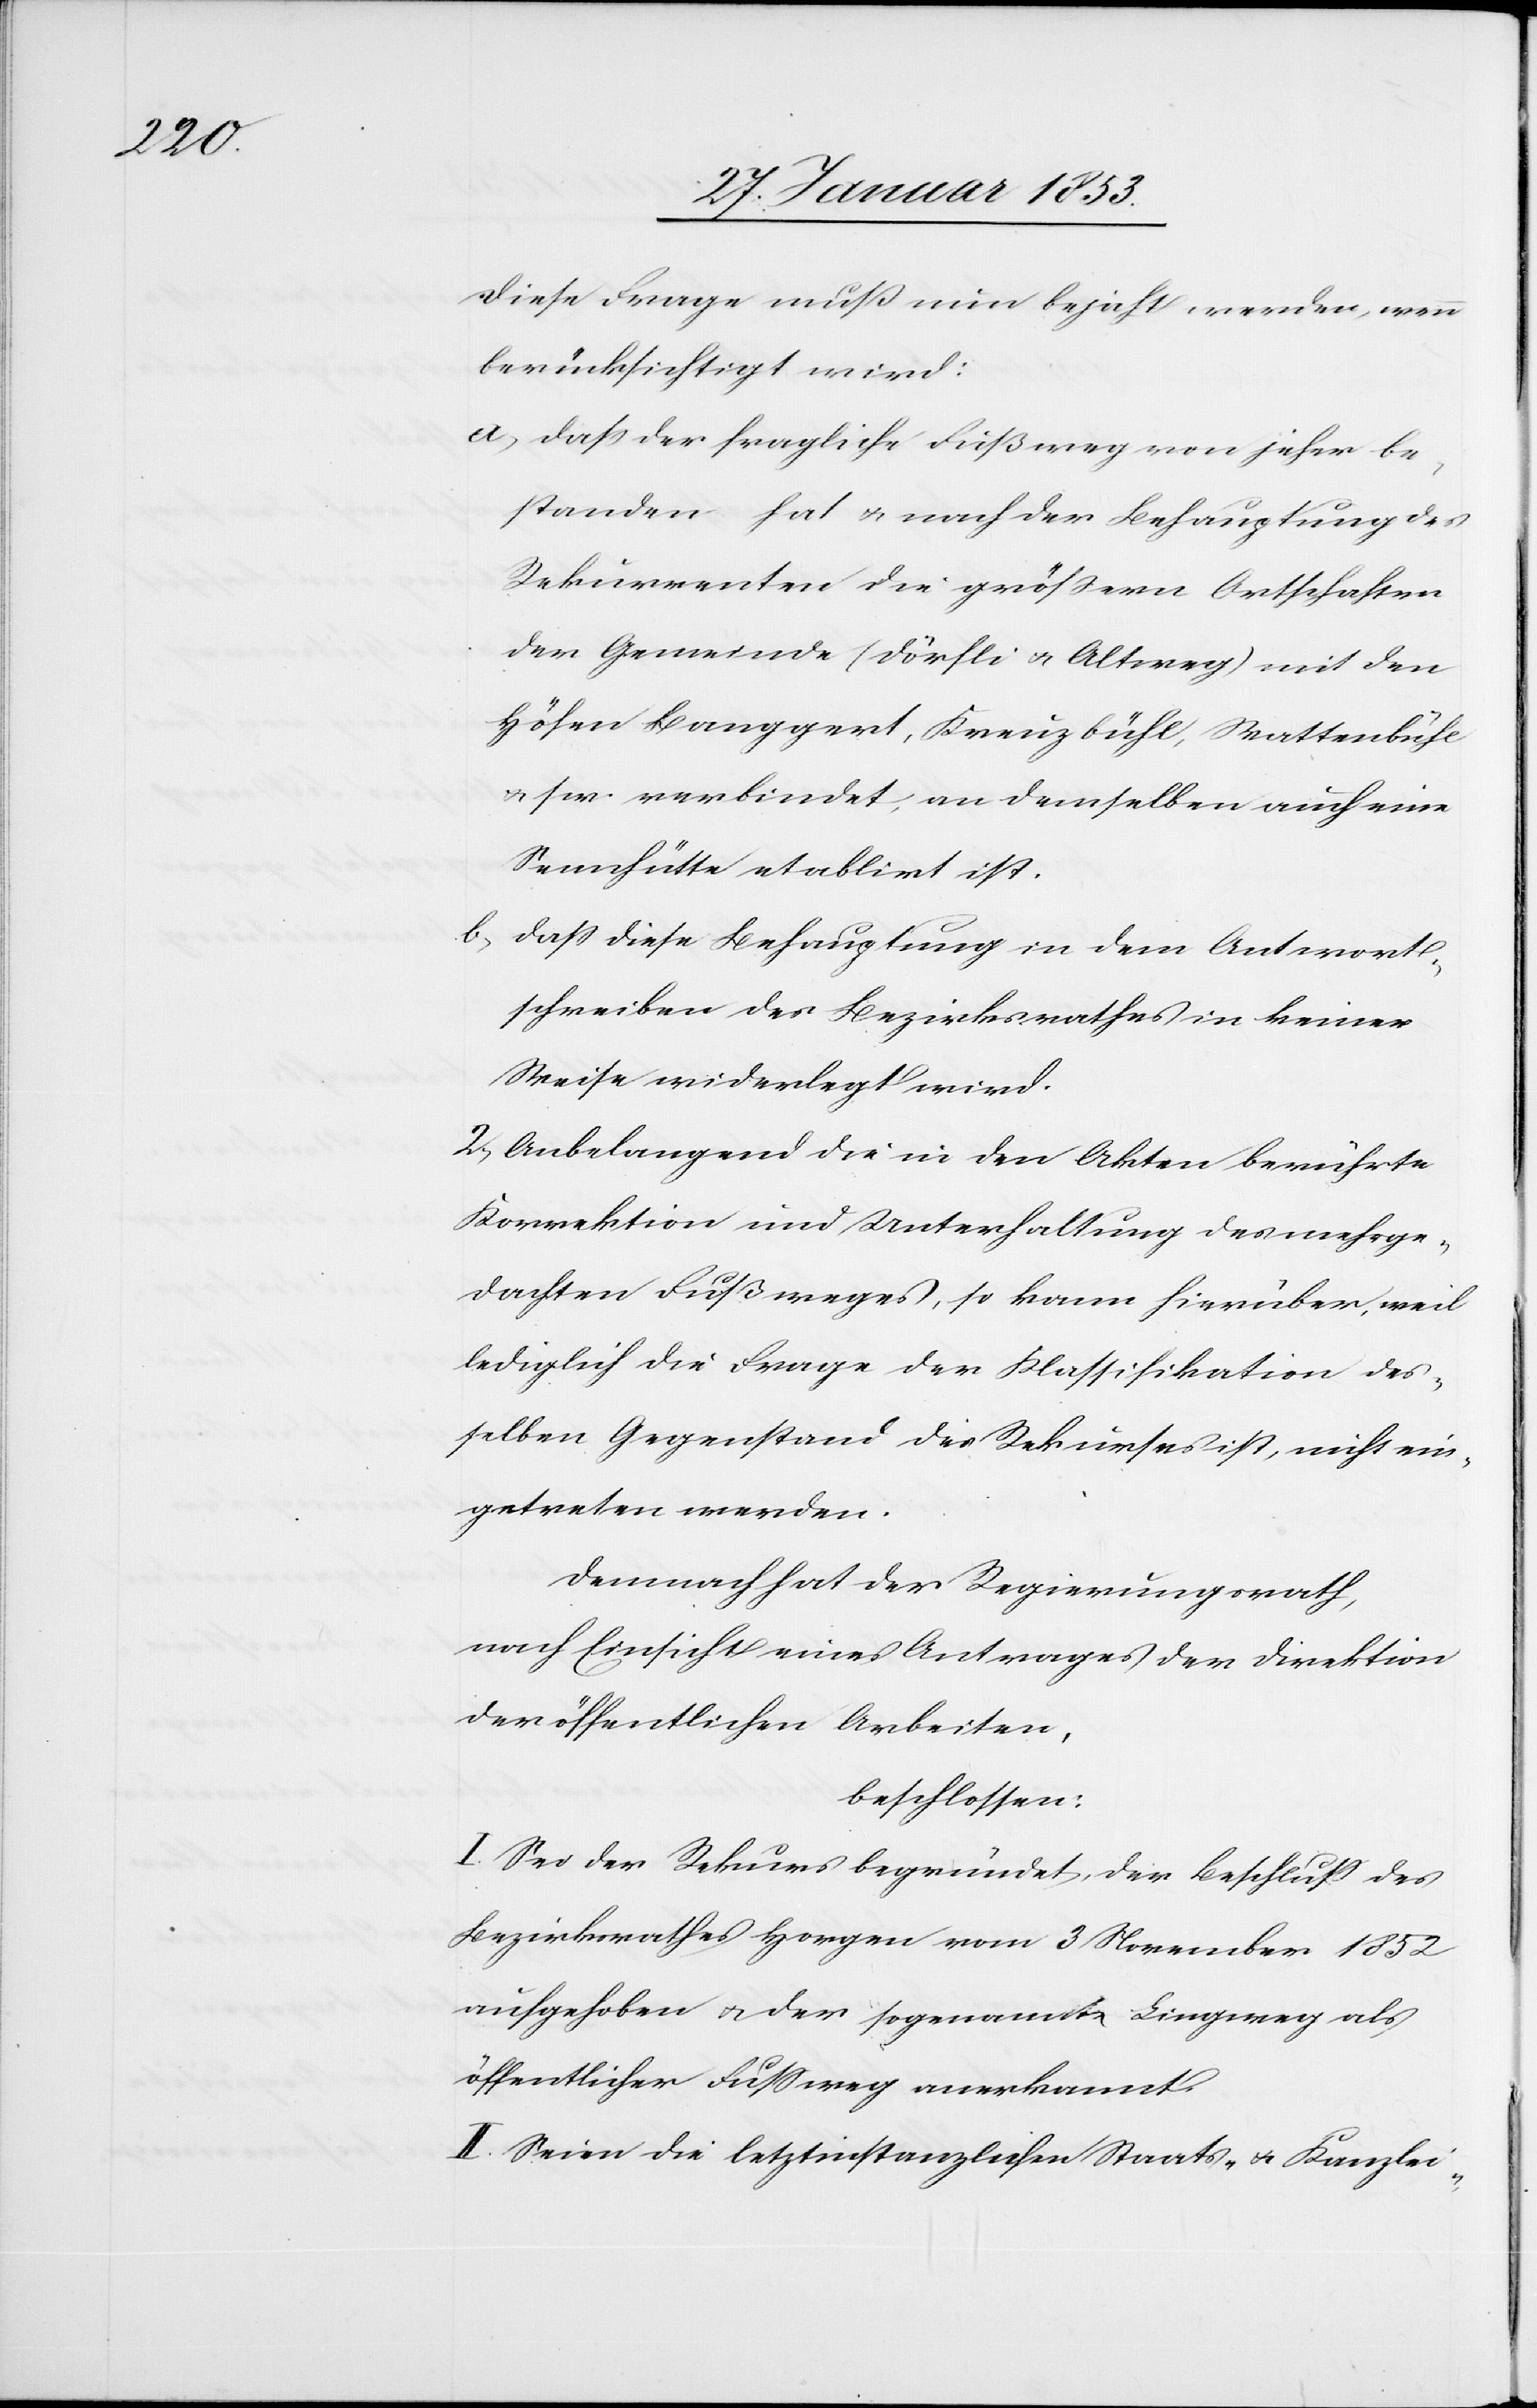
Diese Frage muß nun bejaht werden, wenn
berücksichtigt wird:
a) daß der fragliche Fußweg von jeher be¬
standen hat u. nach der Behauptung der
Rekurrenten die größern Ortschaften
der Gemeinde (Dörfli u. Altweg) mit den
Höfen Banggert ,Kreuzbühl, Wattenbühl
u. s. w. verbindet, an denselben auch eine
Sennhütte etablirt ist.
b) daß diese Behauptung in dem Antwort¬
schreiben des Bezirksrathes in keiner
Weise widerlegt wird.
2) Anbelangend die in den Akten berührte
Korrektion und Unterhaltung des mehrge¬
dachten Fußweges, so kann hierüber, weil
lediglich die Frage der Klassifikation des¬
selben Gegenstand des Rekurses ist, nichts ein¬
getreten werden.
Demnach hat der Regierungsrath,
nach Einsicht eines Antrages der Direktion
der öffentlichen Arbeiten,
beschlossen:
I. Sei der Rekurs begründet, der Beschluß des
Bezirksrathes Horgen vom 3 November 1852
aufgehoben u. der sogenannte Lingweg als
öffentlicher Fußweg anerkannt.
II. Seien die letztinstanzlichen Staats- u. Kanzlei-